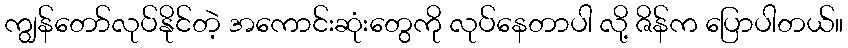
ကျွန်တော်လုပ်နိုင်တဲ့ အကောင်းဆုံးတွေကို လုပ်နေတာပါ လို့ ဇိန်က ပြောပါတယ်။